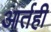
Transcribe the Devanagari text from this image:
आर्तही